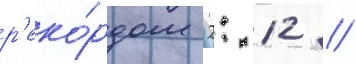
р'еко́рдом 2: 12 //